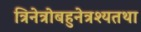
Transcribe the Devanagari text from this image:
त्रिनेत्रोबहुनेत्रश्यतथा